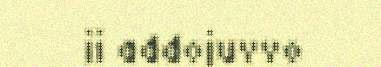
ii addojuvvo